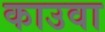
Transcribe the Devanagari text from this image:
काउवा